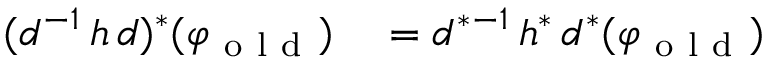
\begin{array} { r l } { ( d ^ { - 1 } \, h \, d ) ^ { * } ( \varphi _ { \mathrm { ~ o ~ l ~ d ~ } } ) } & { { } = d ^ { * } { } ^ { - 1 } \, h ^ { * } \, d ^ { * } ( \varphi _ { \mathrm { ~ o ~ l ~ d ~ } } ) } \end{array}